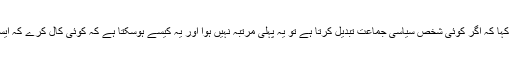
ڈی جی آئی ایس پی آر نے کہا کہ اگر کوئی شخص سیاسی جماعت تبدیل کرتا ہے تو یہ پہلی مرتبہ نہیں ہوا اور یہ کیسے ہوسکتا ہے کہ کوئی کال کرے کہ ایسا کردیں تو ایسا ہوجائےگا۔